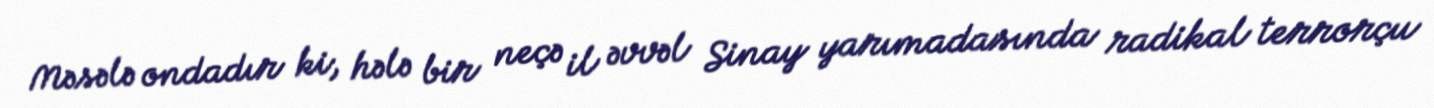
Məsələ ondadır ki, hələ bir neçə il əvvəl Sinay yarımadasında radikal terrorçu